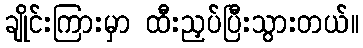
ချိုင်းကြားမှာ ထီးညှပ်ပြီးသွားတယ်။